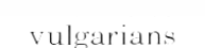
vulgarians